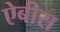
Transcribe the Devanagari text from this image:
ऐबीस